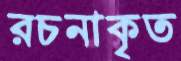
রচনাকৃত